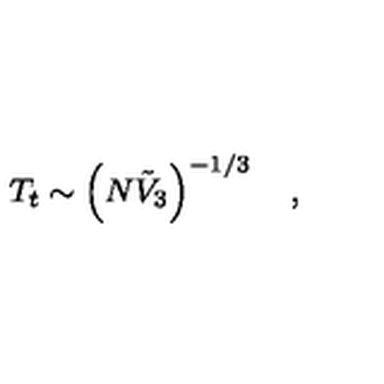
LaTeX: T _ { t } \sim \left( N { \tilde { V } } _ { 3 } \right) ^ { - 1 / 3 } \quad ,